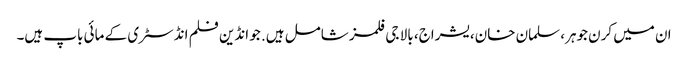
ان میں کرن جوہر، سلمان خان، یشراج، بالا جی فلمز شامل ہیں. جو انڈین فلم انڈسٹری کے مائی باپ ہیں۔